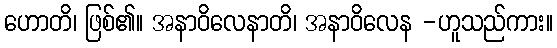
ဟောတိ၊ ဖြစ်၏။ အနာဝိလေနာတိ၊ အနာဝိလေန -ဟူသည်ကား။